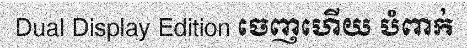
Dual Display Edition ចេញហើយ បំពាក់